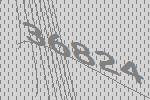
36824